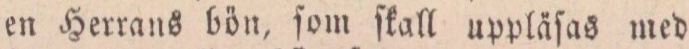
en Herrans bön, ſom ſkall uppläſas med